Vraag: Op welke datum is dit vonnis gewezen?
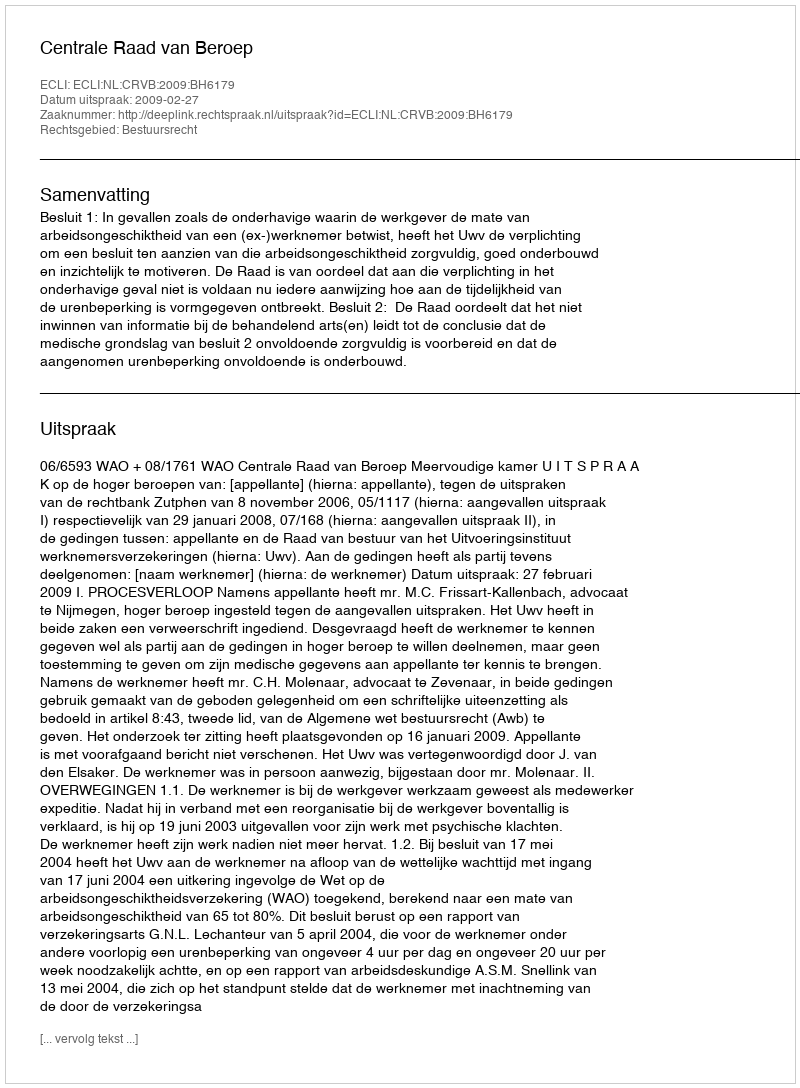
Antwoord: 2009-02-27